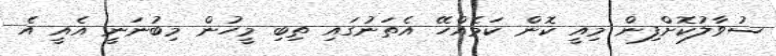
ސުވާލުކޮށްފިން މިއީ ކޮން ކަމެއްހޭ އެތަނުގައި ތިބި މީހުން މިބުނަނީ އެއީ އެ